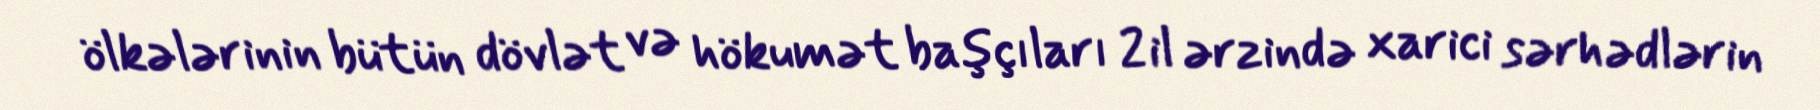
ölkələrinin bütün dövlət və hökumət başçıları 2 il ərzində xarici sərhədlərin